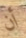
أن